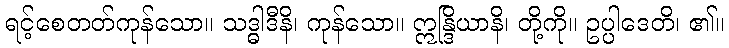
ရင့်စေတတ်ကုန်သော။ သဒ္ဓါဒီနိ၊ ကုန်သော။ ဣန္ဒြိယာနိ၊ တို့ကို။ ဥပ္ပါဒေတိ၊ ၏။